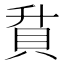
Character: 𮙶